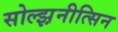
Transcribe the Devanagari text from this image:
सोल्झ़नीत्सिन